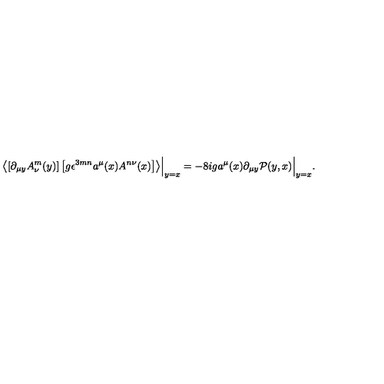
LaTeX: \left\langle \left[ \partial _ { \mu y } A _ { \nu } ^ { m } ( y ) \right] \left[ g \epsilon ^ { 3 m n } a ^ { \mu } ( x ) A ^ { n \nu } ( x ) \right] \right\rangle \Bigr | _ { y = x } = - 8 i g a ^ { \mu } ( x ) \partial _ { \mu y } \mathcal P ( y , x ) \Bigr | _ { y = x } .